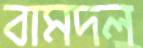
বামদল